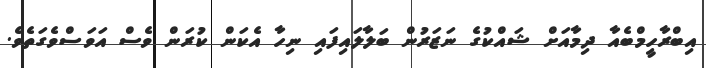
އިބްރާހީމްބެއާ ދިމާއަށް ޝައްކުގެ ނަޒަރުން ބަލާލައިފައި ނިހާ އެކަން ކުރަން ވެސް އަވަސްވެގަތެވެ.